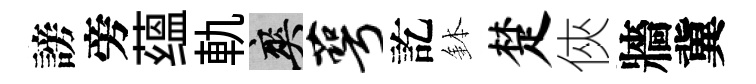
謗旁蕴軌爽萼訖鉢楚俠牆冀